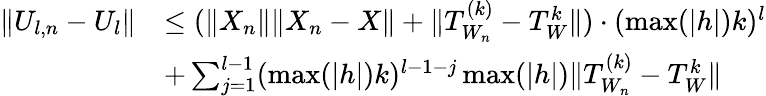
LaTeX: \begin{array}{rl}{\| U_{l,n}-U_{l}\| }&{\leq(\| X_{n}\| \| X_{n}-X\| +\| T_{W_{n}}^{(k)}-T_{W}^{k}\| )\cdot(\operatorname*{max}(|h|)k)^{l}}\\ &{+\sum_{j=1}^{l-1}(\operatorname*{max}(|h|)k)^{l-1-j}\operatorname*{max}(|h|)\| T_{W_{n}}^{(k)}-T_{W}^{k}\| }\end{array}